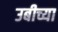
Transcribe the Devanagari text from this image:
उबीच्या